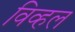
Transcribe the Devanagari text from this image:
विव्हल